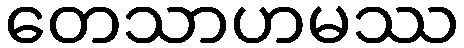
တေသာဟမဿ